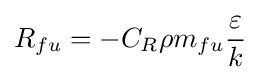
{R_{fu}=-C_{R}\rho m_{fu}{\frac {\varepsilon }{k}}}